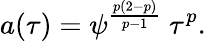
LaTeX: a(\tau)=\psi^{\frac{p(2-p)}{p-1}}\ \tau^{p}.